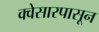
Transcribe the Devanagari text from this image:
क्वेसारपासून